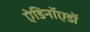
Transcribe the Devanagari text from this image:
ऐडिनॉएडों